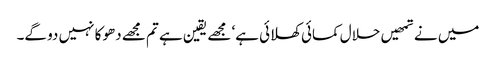
میں نے تمھیں حلال کمائی کھلائی ہے‘ مجھے یقین ہے تم مجھے دھوکا نہیں دو گے۔